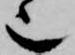
也